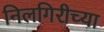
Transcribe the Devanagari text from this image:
निलगिरीच्या